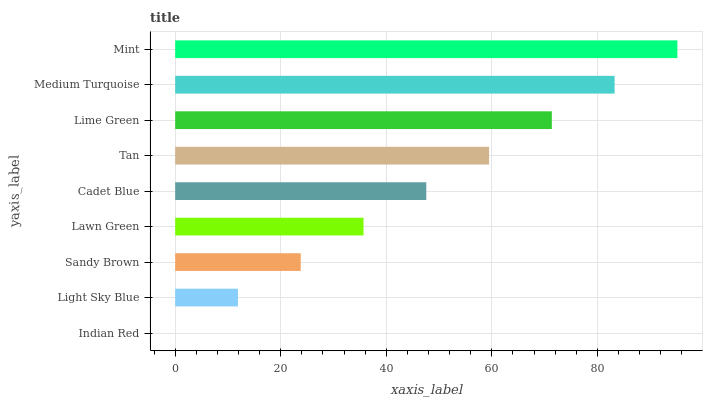
| yaxis_label | bars |
 | --- | --- |
 | Indian Red | 0 |
 | Light Sky Blue | 11.9 |
 | Sandy Brown | 23.8 |
 | Lawn Green | 35.7 |
 | Cadet Blue | 47.6 |
 | Tan | 59.5 |
 | Lime Green | 71.4 |
 | Medium Turquoise | 83.3 |
 | Mint | 95.2 |